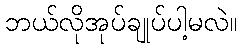
ဘယ်လိုအုပ်ချုပ်ပါ့မလဲ။